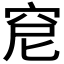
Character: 𥥕